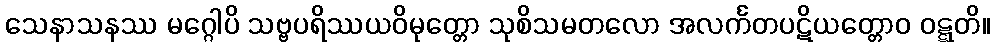
သေနာသနဿ မဂ္ဂေါပိ သဗ္ဗပရိဿယဝိမုတ္တော သုစိသမတလော အလင်္ကတပဋိယတ္တောဝ ဝဋ္ဋတိ။